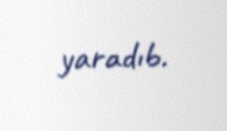
yaradıb.